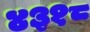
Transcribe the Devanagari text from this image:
४३१८